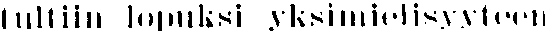
tultiin lopuksi yksimielisyyteen